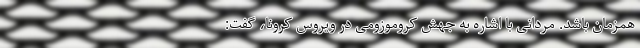
همزمان باشد. مردانی با اشاره به جهش کروموزومی در ویروس کرونا، گفت: